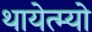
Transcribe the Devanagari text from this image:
थायेत्म्यो